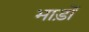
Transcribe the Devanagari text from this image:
भाड़ों